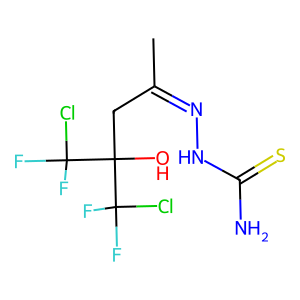
SMILES: CC(CC(O)(C(F)(F)Cl)C(F)(F)Cl)=NNC(N)=S
Inhibits HIV replication: No